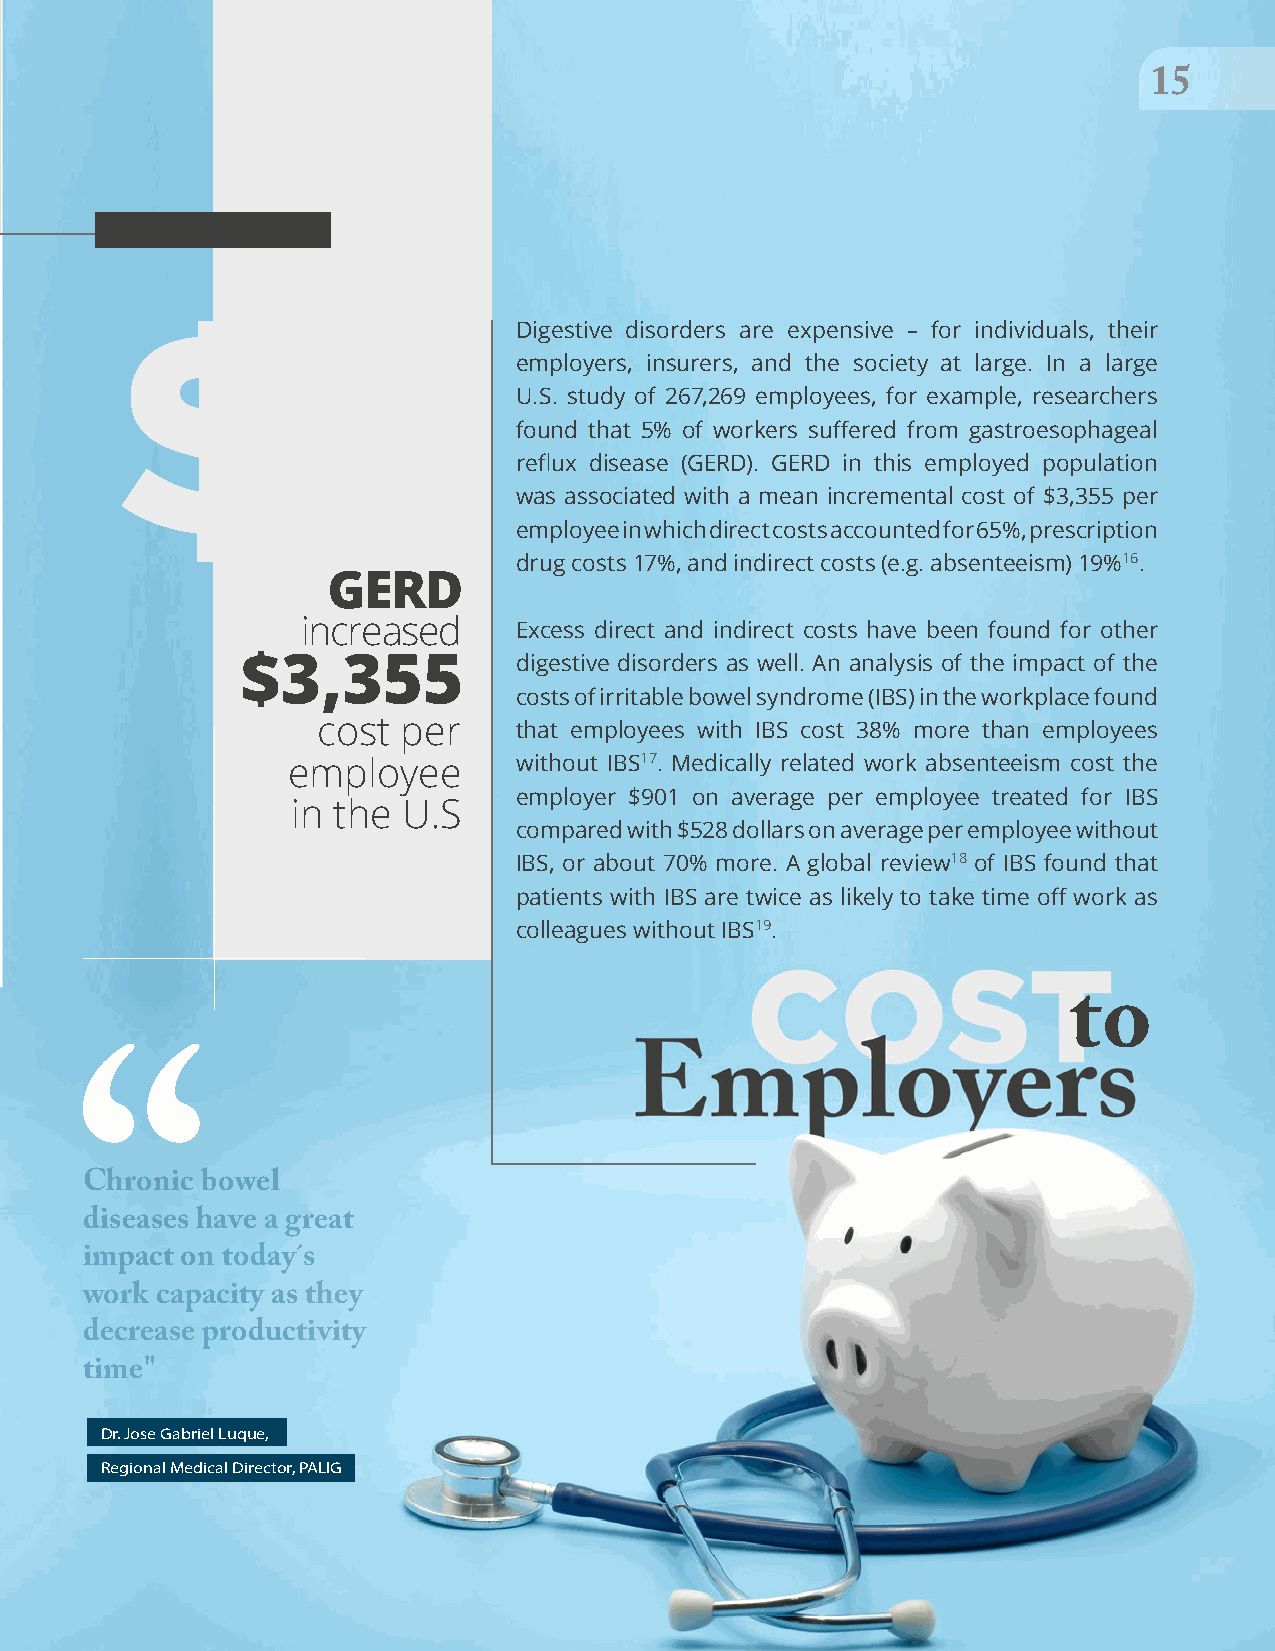
TRENDS 2021
 1155
 $
 Digestive disorders are expensive – for individuals, their
 employers, insurers, and the society at large. In a large
 U.S. study of 267,269 employees, for example, researchers
 found that 5% of workers suffered from gastroesophageal
 reflux disease (GERD). GERD in this employed population
 was associated with a mean incremental cost of $3,355 per
 employee in which direct costs accounted for 65%, prescription
 drug costs 17%, and indirect costs (e.g. absenteeism) 19%16.
 GERD
 increased     Excess direct and indirect costs have been found for other
 $3,355            digestive disorders as well. An analysis of the impact of the
 costs of irritable bowel syndrome (IBS) in the workplace found
 cost  per    that employees with IBS cost 38% more than employees
 employee       without IBS17. Medically related work absenteeism cost the
 employer $901 on average per employee treated for IBS
 in the  U.S
 compared with $528 dollars on average per employee without
 IBS, or about 70% more. A global review18 of IBS found that
 patients with IBS are twice as likely to take time off work as
 colleagues without IBS19.
 to
 Chronic bowel
 “
 diseases have a great
 impact on today´s
 work capacity as they
 decrease productivity
 time"
 Dr. Jose Gabriel Luque,
 Regional Medical Director, PALIG